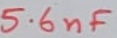
Text: 5.6nF